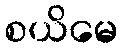
စယိမေ